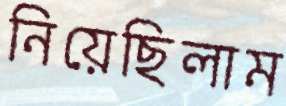
নিয়েছিলাম